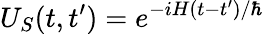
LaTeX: U_{S}(t,t^{\prime})=e^{-iH(t-t^{\prime})/\hbar}